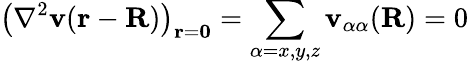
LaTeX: \left(\nabla^{2}\mathbf{v}(\mathbf{{r}}-\mathbf{{R}})\right)_{\mathbf{{r}}=\mathbf{{0}}}=\sum_{\alpha=x,y,z}\mathbf{v}_{\alpha\alpha}(\mathbf{{R}})=0